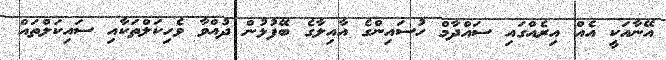
އޭނާއަކީ އެއް އިރެއްގައި ސައްދާމް ހުސައިންގެ އާއިލާގެ ބޭފުޅުން ދުއްވާ ވެހިކަލްތަކާއި ސައިކަލްތައް